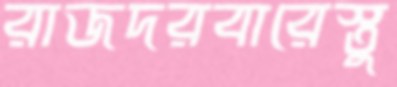
রাজদরবারেস্তু